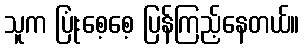
သူက ပြုံးစေ့စေ့ ပြန်ကြည့်နေတယ်။